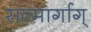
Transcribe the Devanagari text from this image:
सन्मार्गाग्